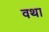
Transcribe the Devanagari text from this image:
वथा